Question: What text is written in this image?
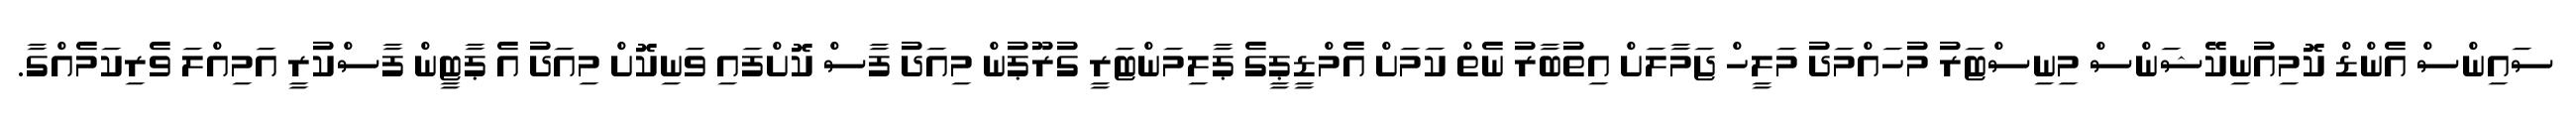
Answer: ސައިންސް އެންޑް ކޮމިއުނިކޭޝަންސް މިނިސްޓަރު މުހައްމަދު މަލީހް ޖަމާލަށް އިތުބާރު ނެތް ކަމަށް އެމްޑީޕީގެ ޕާލިމަންޓަރީ ގުރޫޕުން މިއަދު ފާސް ކޮށްފައި ވަނިކޮށް މިއަދު އެ ޕާޓީން ފާސްކުރީ އަމިއްލަ ވެރިކަމެއްގާ.